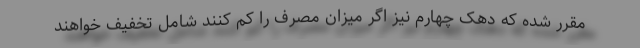
مقرر شده که دهک چهارم نیز اگر میزان مصرف را کم کنند شامل تخفیف خواهند